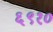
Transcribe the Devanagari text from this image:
६९१०